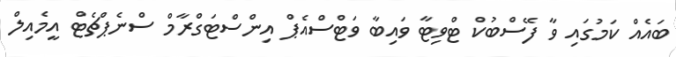
ބައެއް ކަމުގައި ވާ ފޭސްބުކް ޓްވިޓާ ވައިބާ ވަޓްސްއެޕް އިންސްޓަގްރާމް ސްނެޕްޗެޓް އީމެއިލް